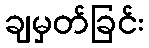
ချမှတ်ခြင်း